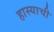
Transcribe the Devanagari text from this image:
हास्याची